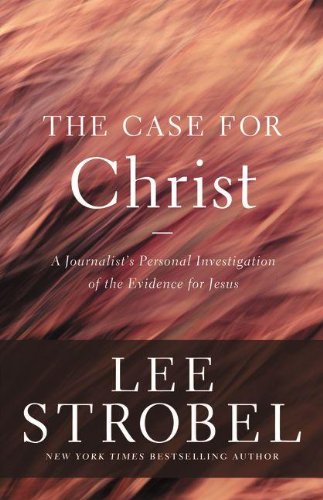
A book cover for The Case for Christ: A Journalist's Personal Investigation of the Evidence for Jesus (Case for ... Series); Lee Strobel; History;